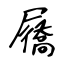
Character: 屩